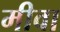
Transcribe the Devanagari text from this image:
मीवा